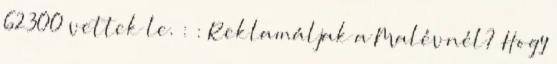
62300 vettek le. : : Reklamáljak a Malévnél? Hogy